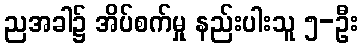
ညအခါ၌ အိပ်စက်မှု နည်းပါးသူ ၅-ဦး